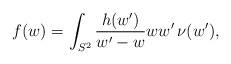
\begin{align*} f(w)=\int_{S^2}\frac{h(w')}{w'-w}ww'\,\nu(w'),\end{align*}